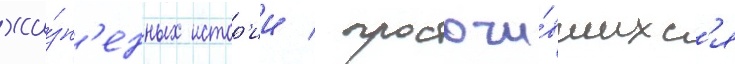
жи́зн'енных истор'ии / просочи́вшихс'я